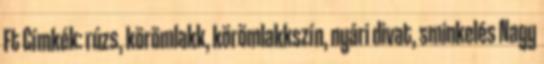
Ft Címkék: rúzs, körömlakk, körömlakkszín, nyári divat, sminkelés Nagy